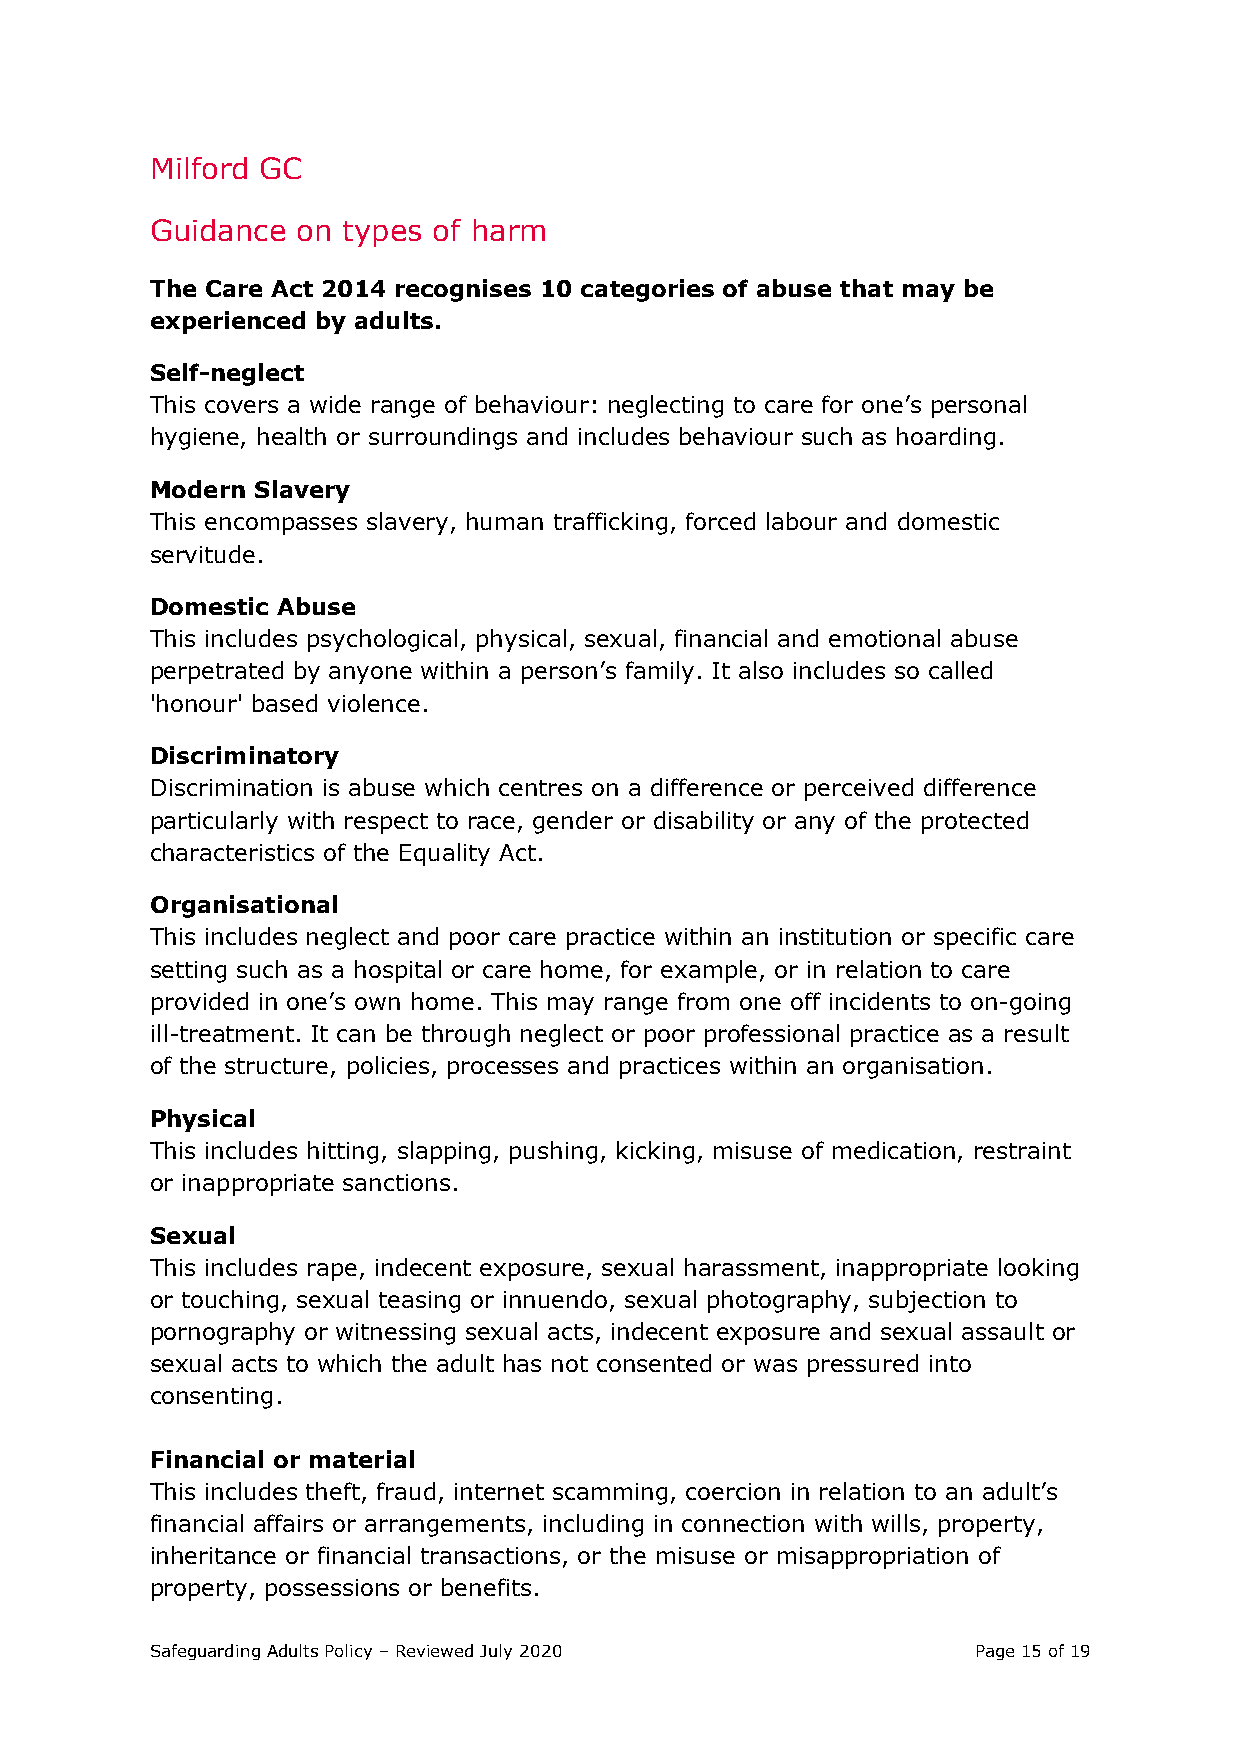
Milford GC
 Guidance  on types of harm
 The Care Act 2014 recognises 10 categories of abuse that may be
 experienced by adults.
 Self-neglect
 This covers a wide range of behaviour: neglecting to care for one’s personal
 hygiene, health or surroundings and includes behaviour such as hoarding.
 Modern Slavery
 This encompasses slavery, human trafficking, forced labour and domestic
 servitude.
 Domestic Abuse
 This includes psychological, physical, sexual, financial and emotional abuse
 perpetrated by anyone within a person’s family. It also includes so called
 'honour' based violence.
 Discriminatory
 Discrimination is abuse which centres on a difference or perceived difference
 particularly with respect to race, gender or disability or any of the protected
 characteristics of the Equality Act.
 Organisational
 This includes neglect and poor care practice within an institution or specific care
 setting such as a hospital or care home, for example, or in relation to care
 provided in one’s own home. This may range from one off incidents to on-going
 ill-treatment. It can be through neglect or poor professional practice as a result
 of the structure, policies, processes and practices within an organisation.
 Physical
 This includes hitting, slapping, pushing, kicking, misuse of medication, restraint
 or inappropriate sanctions.
 Sexual
 This includes rape, indecent exposure, sexual harassment, inappropriate looking
 or touching, sexual teasing or innuendo, sexual photography, subjection to
 pornography or witnessing sexual acts, indecent exposure and sexual assault or
 sexual acts to which the adult has not consented or was pressured into
 consenting.
 Financial or material
 This includes theft, fraud, internet scamming, coercion in relation to an adult’s
 financial affairs or arrangements, including in connection with wills, property,
 inheritance or financial transactions, or the misuse or misappropriation of
 property, possessions or benefits.
 Safeguarding Adults Policy – Reviewed July 2020       Page 15 of 19